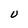
Character: U